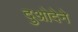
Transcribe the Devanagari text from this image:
दुओदेने